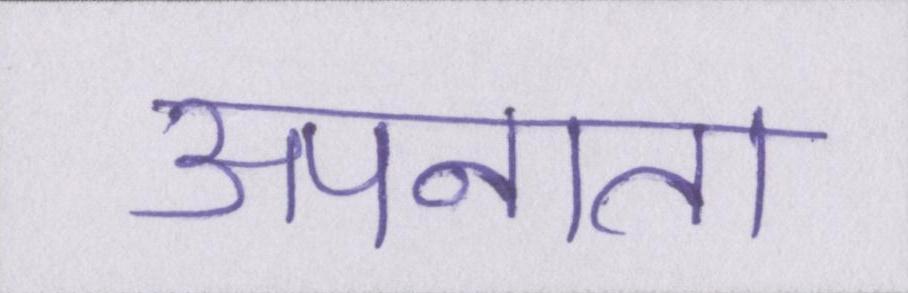
अपनाता